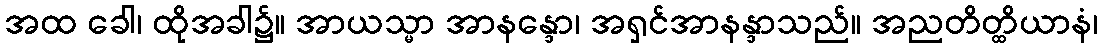
အထ ခေါ၊ ထိုအခါ၌။ အာယသ္မာ အာနန္ဒော၊ အရှင်အာနန္ဒာသည်။ အညတိတ္ထိယာနံ၊